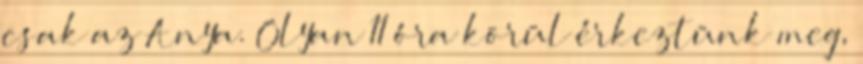
csak az Anya. Olyan 11 óra körül érkeztünk meg,